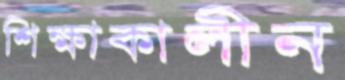
শিক্ষাকালীন